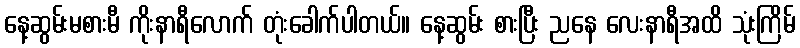
နေ့ဆွမ်းမစားမီ ကိုးနာရီလောက် တုံးခေါက်ပါတယ်။ နေ့ဆွမ်း စားပြီး ညနေ လေးနာရီအထိ သုံးကြိမ်